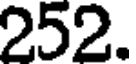
252.